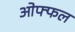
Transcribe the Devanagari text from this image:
ओफ्फल